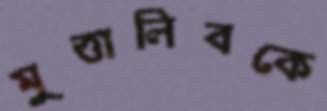
মুত্তালিবকে